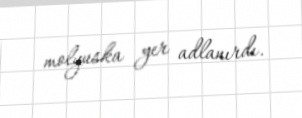
molyuska yer adlanırdı.